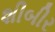
શીબીર